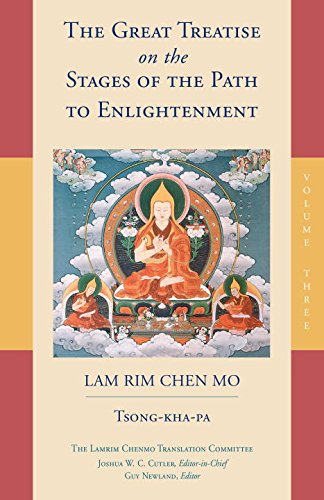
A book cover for The Great Treatise on the Stages of the Path to Enlightenment (Volume 3); Tsong-Kha-Pa; Religion & Spirituality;